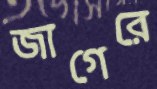
জাগেরে